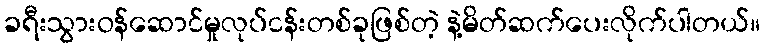
ခရီးသွားဝန်ဆောင်မှုလုပ်ငန်းတစ်ခုဖြစ်တဲ့ နဲ့မိတ်ဆက်ပေးလိုက်ပါတယ်။